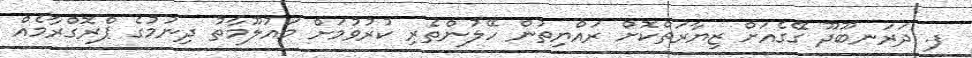
ފ. ދަރަނބޫދޫ ގޭގެއަށް ޒިޔާރަތްކޮށް ރައްޔިތުން ހޭލުންތެރި ކުރުވުމަށް މައުލޫމާތު ދިނުމުގެ ޕްރޮގްރާމެއް